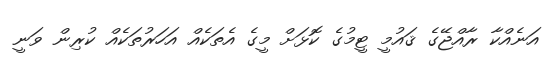
އަނެއްކާ ރާއްޖޭގެ ޤައުމީ ޓީމުގެ ކޮޅަށް މީގެ އެތަކެއް އަހަރުތަކެއް ކުރިން ވަނީ